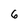
Character: 6